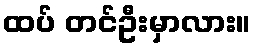
ထပ် တင်ဦးမှာလား။